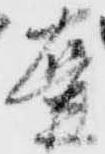
壺